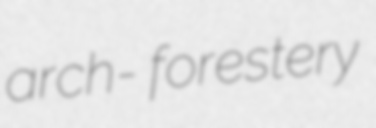
arch- forestery